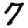
Digit: 7